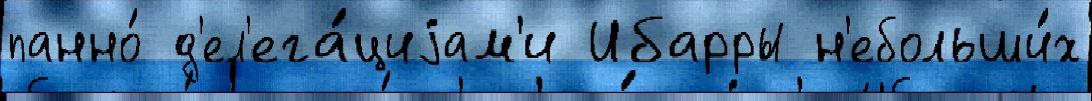
панно́ д'ел'ега́циjам'и Ибарры н'ебольши́х